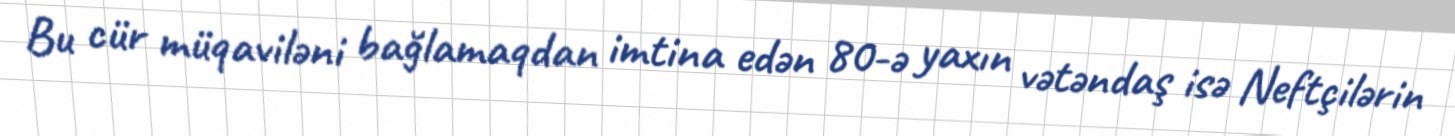
Bu cür müqaviləni bağlamaqdan imtina edən 80-ə yaxın vətəndaş isə Neftçilərin